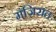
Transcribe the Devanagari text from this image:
मंज़िरात